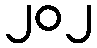
၂၀၂